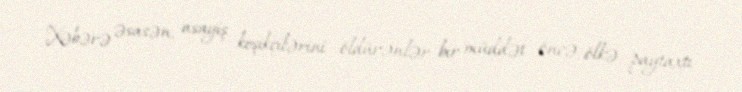
Xəbərə əsasən, asayiş keşikçilərini öldürənlər bir müddət öncə ölkə paytaxtı